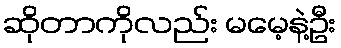
ဆိုတာကိုလည်း မမေ့နဲ့ဦး